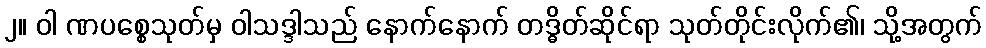
၂။ ဝါ ဏပစ္စေသုတ်မှ ဝါသဒ္ဒါသည် နောက်နောက် တဒ္ဓိတ်ဆိုင်ရာ သုတ်တိုင်းလိုက်၏၊ သို့အတွက်